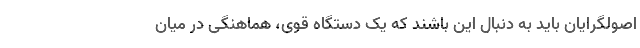
اصولگرایان باید به دنبال این باشند که یک دستگاه قوی، هماهنگی در میان